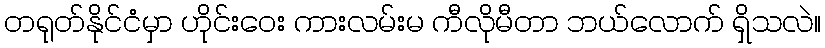
တရုတ်နိုင်ငံမှာ ဟိုင်းဝေး ကားလမ်းမ ကီလိုမီတာ ဘယ်လောက် ရှိသလဲ။